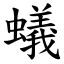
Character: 蟻